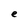
Character: e